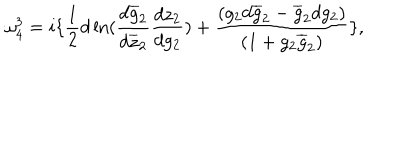
\omega _ { 4 } ^ { 3 } = i \{ \frac { 1 } { 2 } d \ln ( \frac { d \overline { { { g } } } _ { 2 } } { d \overline { { { z } } } _ { 2 } } \frac { d z _ { 2 } } { d g _ { 2 } } ) + \frac { ( g _ { 2 } d \overline { { { g } } } _ { 2 } - \overline { { { g } } } _ { 2 } d g _ { 2 } ) } { ( 1 + g _ { 2 } \overline { { { g } } } _ { 2 } ) } \} ,